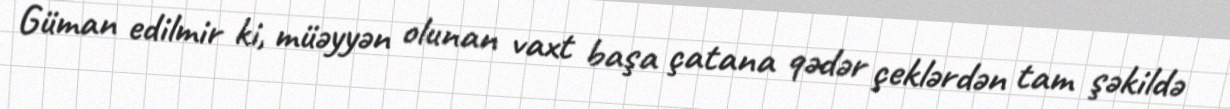
Güman edilmir ki, müəyyən olunan vaxt başa çatana qədər çeklərdən tam şəkildə